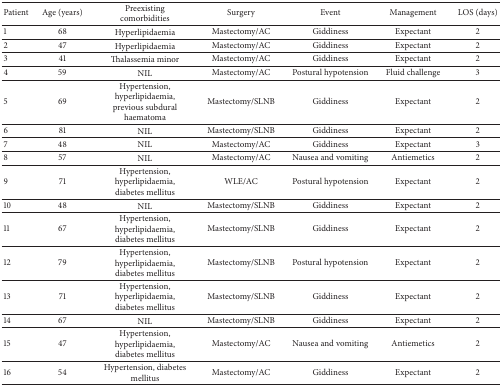
| Patient | Age (years) | Preexisting comorbidities | Surgery | Event | Management | LOS (days) |
 | --- | --- | --- | --- | --- | --- | --- |
 | 1 | 68 | Hyperlipidaemia | Mastectomy/AC | Giddiness | Expectant | 2 |
 | 2 | 47 | Hyperlipidaemia | Mastectomy/AC | Giddiness | Expectant | 2 |
 | 3 | 41 | Thalassemia minor | Mastectomy/AC | Giddiness | Expectant | 2 |
 | 4 | 59 | NIL | Mastectomy/AC | Postural hypotension | Fluid challenge | 3 |
 | 5 | 69 | Hypertension,hyperlipidaemia, previous subdural haematoma | Mastectomy/SLNB | Giddiness | Expectant | 2 |
 | 6 | 81 | NIL | Mastectomy/SLNB | Giddiness | Expectant | 2 |
 | 7 | 48 | NIL | Mastectomy/AC | Giddiness | Expectant | 3 |
 | 8 | 57 | NIL | Mastectomy/AC | Nausea and vomiting | Antiemetics | 2 |
 | 9 | 71 | Hypertension, hyperlipidaemia, diabetes mellitus | WLE/AC | Postural hypotension | Expectant | 2 |
 | 10 | 48 | NIL | Mastectomy/SLNB | Giddiness | Expectant | 2 |
 | 11 | 67 | Hypertension, hyperlipidaemia, diabetes mellitus | Mastectomy/SLNB | Giddiness | Expectant | 2 |
 | 12 | 79 | Hypertension, hyperlipidaemia, diabetes mellitus | Mastectomy/SLNB | Postural hypotension | Expectant | 2 |
 | 13 | 71 | Hypertension, hyperlipidaemia, diabetes mellitus | Mastectomy/SLNB | Giddiness | Expectant | 2 |
 | 14 | 67 | NIL | Mastectomy/SLNB | Giddiness | Expectant | 2 |
 | 15 | 47 | Hypertension, hyperlipidaemia, diabetes mellitus | Mastectomy/AC | Nausea and vomiting | Antiemetics | 2 |
 | 16 | 54 | Hypertension, diabetes mellitus | Mastectomy/AC | Giddiness | Expectant | 2 |